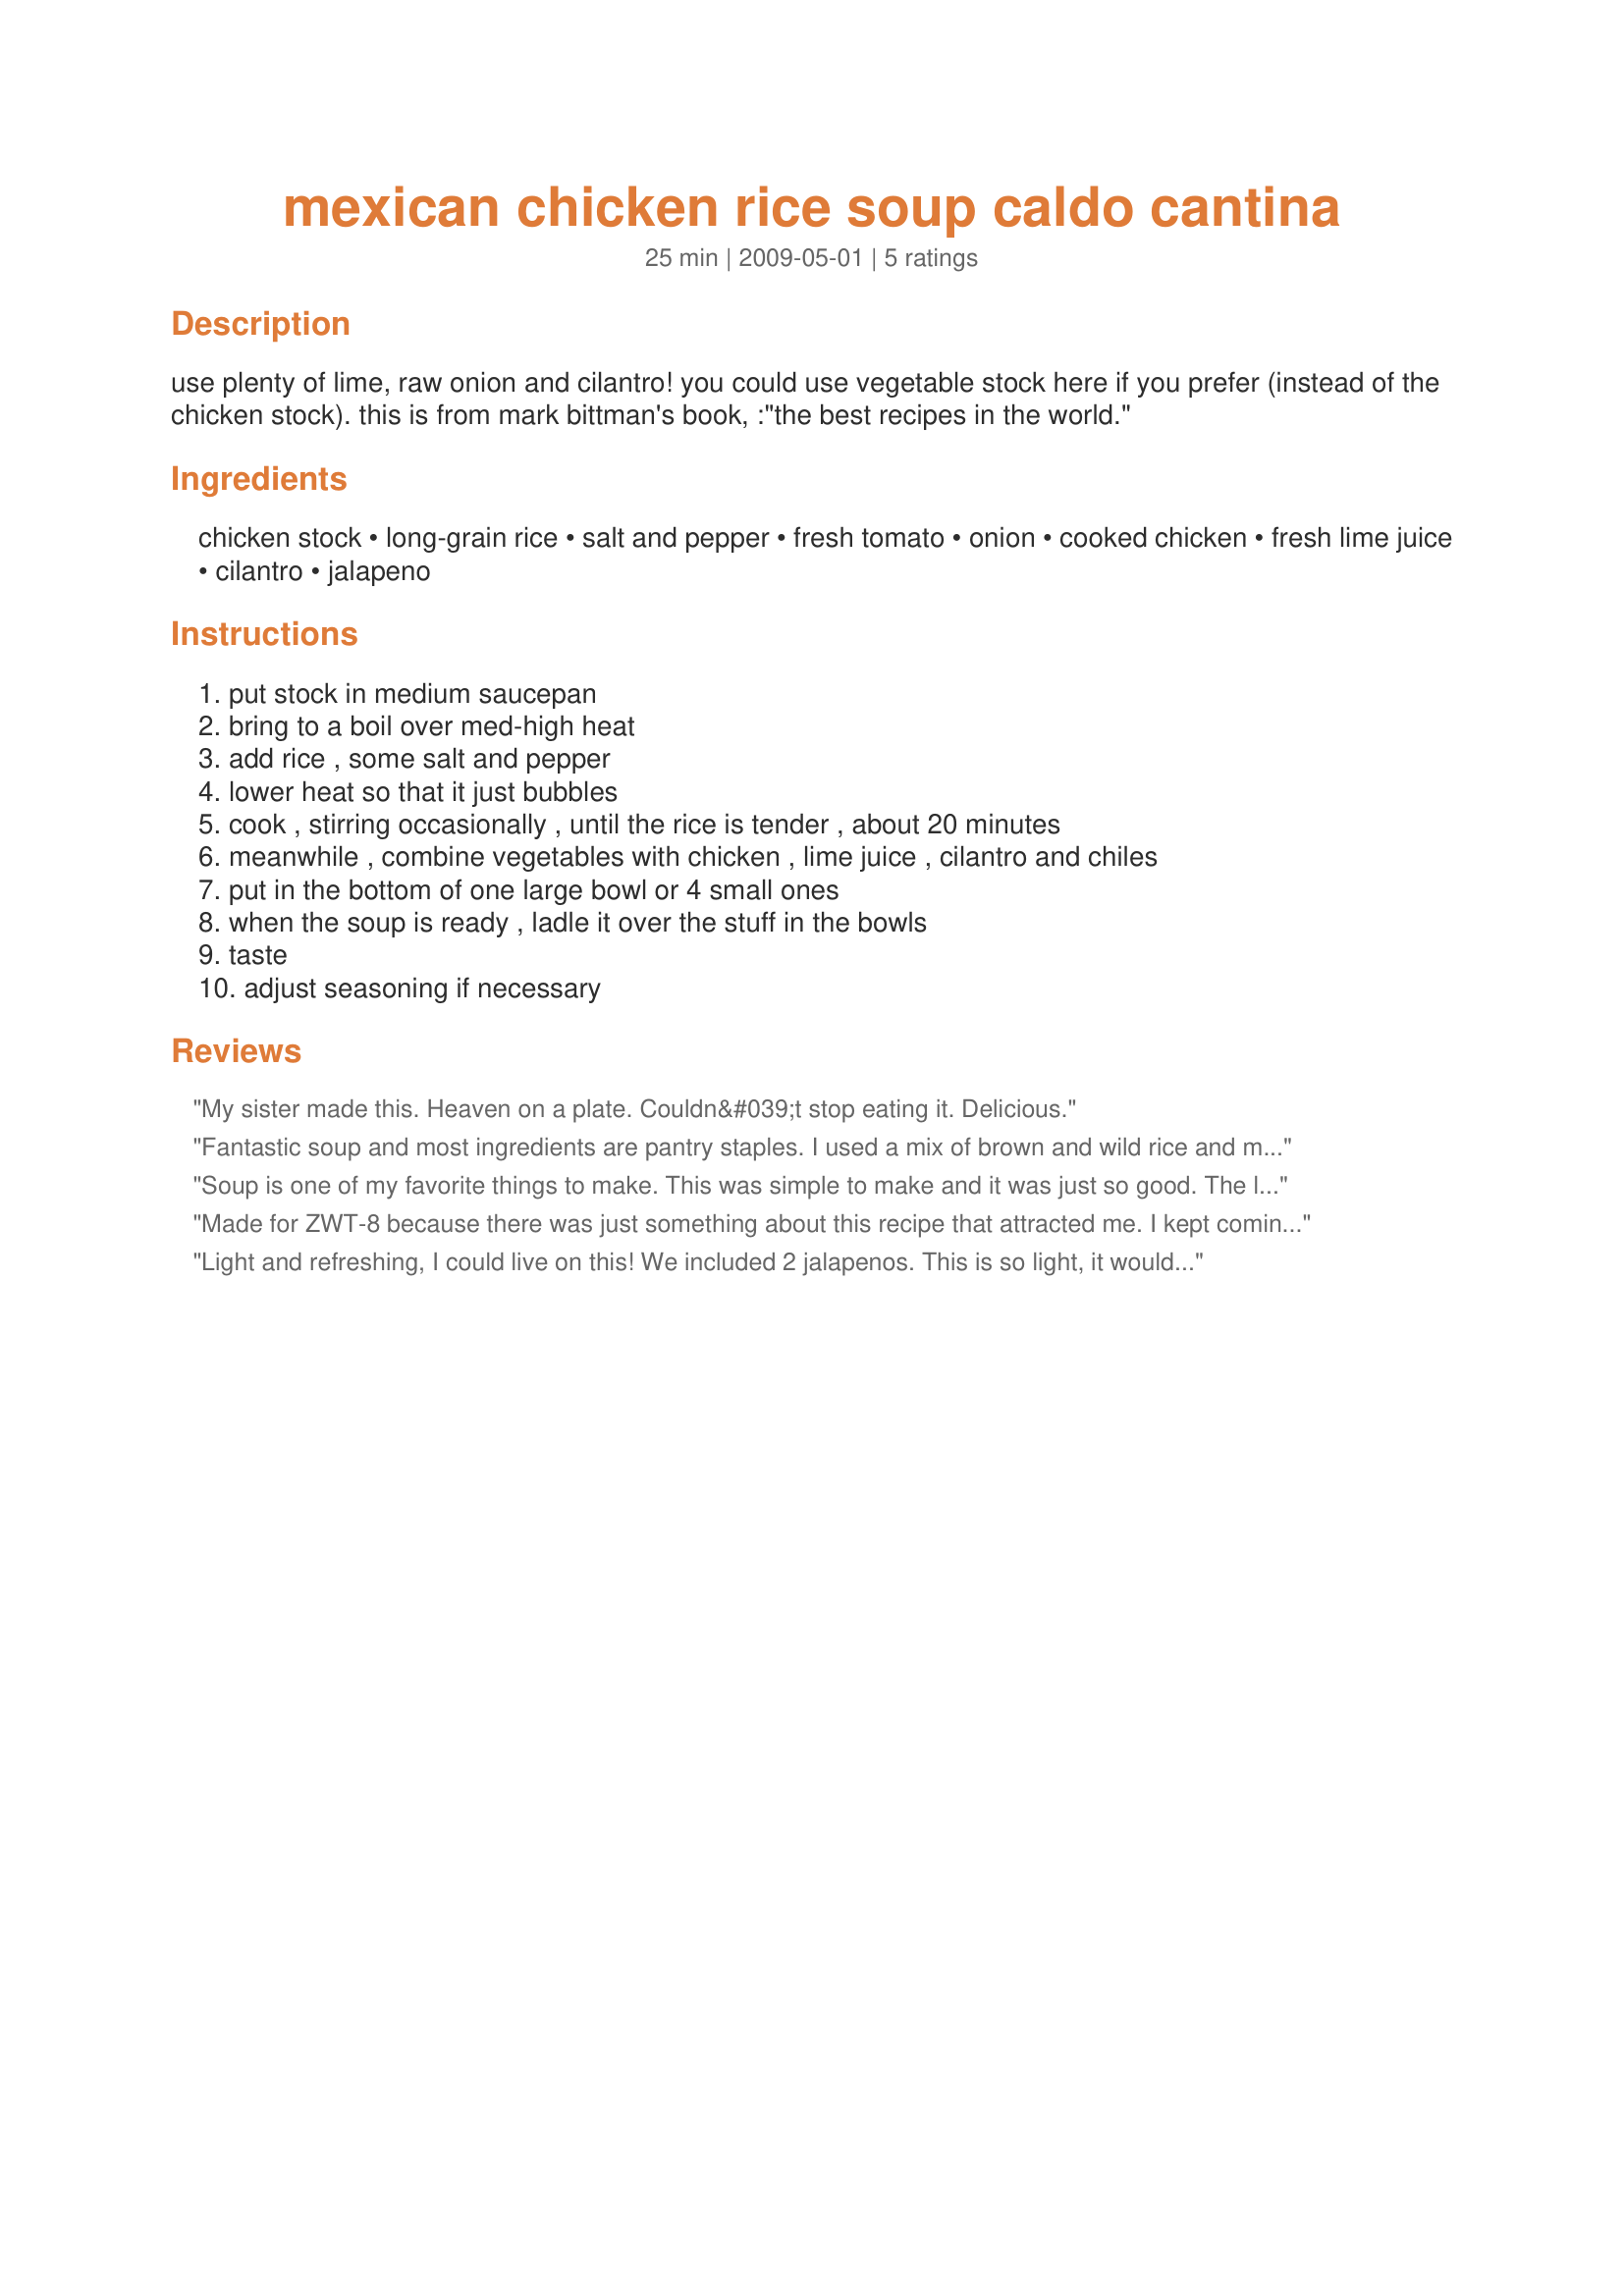
mexican chicken rice soup caldo cantina
Preparation time: 25 minutes

use plenty of lime, raw onion and cilantro! you could use vegetable stock here if you prefer (instead of the chicken stock). this is from mark bittman's book, :"the best recipes in the world."

Ingredients:
chicken stock, long-grain rice, salt and pepper, fresh tomato, onion, cooked chicken, fresh lime juice, cilantro, jalapeno

Steps:
put stock in medium saucepan, bring to a boil over med-high heat, add rice , some salt and pepper, lower heat so that it just bubbles, cook , stirring occasionally , until the rice is tender , about 20 minutes, meanwhile , combine vegetables with chicken , lime juice , cilantro and chiles, put in the bottom of one large bowl or 4 small ones, when the soup is ready , ladle it over the stuff in the bowls, taste, adjust seasoning if necessary

Reviews:
My sister made this. Heaven on a plate. Couldn&#039;t stop eating it. Delicious.
Fantastic soup and most ingredients are pantry staples. I used a mix of brown and wild rice and my coriander was fresh from the garden. I did not quite have a whole cup of tomato so added a slurp of tomato paste. We all loved this and the leftovers can be stretched a bit further today by adding a bit more stock. Made for ZWT8.
Soup is one of my favorite things to make. This was simple to make and it was just so good. The lime does add such a wonderful flavor to this soup. I will definitely be making this again. It's one of my favorites on the ZWT8. Thanks for sharing.
Made for ZWT-8 because there was just something about this recipe that attracted me. I kept coming back to it. It looked like it would be good & was an easy-fix. It was ingredient-friendly & budget-friendly, but it was more than all that. The minute I tasted it, I knew. It was like going back in time to my dys spent vacationing in Albuquerque, SantaFe & Pagosa Springs, Colorado. It was the LIME. Without the lime, this soup would be ordinary. With it, it's extraordinary. DH & I both loved it & he even said it's among his top 2 favourites of the Tour so far. I could eat it every dy & never grow weary of it. Like katew, I see it as "expandable' w/the addition of more stock. Corn would also be a good add. It's just a great recipe. Thx for sharing it w/us. :-)
Light and refreshing, I could live on this! We included 2 jalapenos. This is so light, it would be an excellent first course before a bean burrito; we each had 2 bowls for dinner, and doubled the chicken. I used Recipe#195716 #195716 to make 6 1/2 cups of thick, gelatinous stock and cook the chicken needed for several Mexican dishes. The full taste of that hearty stock was perfect for this dish. Although my chicken tasted of too much thyme for general purpose, it tasted fine as part of this soup. Although we used 2 jalapenos, this soup had only a hint of heat. Can't wait to have more! Made for The Wild Bunch for ZWT8's visit in Mexico.
